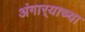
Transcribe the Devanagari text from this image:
अंगार्‍याच्या